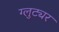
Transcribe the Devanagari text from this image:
ग्लुट्यर